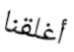
أغلقنا